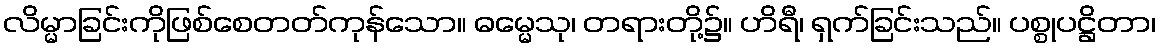
လိမ္မာခြင်းကိုဖြစ်စေတတ်ကုန်သော။ ဓမ္မေသု၊ တရားတို့၌။ ဟိရီ၊ ရှက်ခြင်းသည်။ ပစ္စုပဋ္ဌိတာ၊